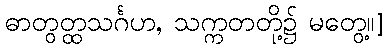
ဓာတွတ္ထသင်္ဂဟ, သက္ကတတို့၌ မတွေ့။]